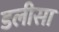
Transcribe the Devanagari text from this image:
डलीसा